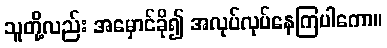
သူတို့လည်း အမှောင်ခို၍ အလုပ်လုပ်နေကြပါကော။